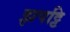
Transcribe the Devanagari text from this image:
झपट्टि